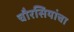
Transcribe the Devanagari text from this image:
चौरसियांचा